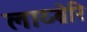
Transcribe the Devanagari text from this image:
लाय्ब्रेरि